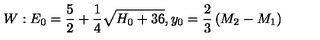
W : E _ { 0 } = { \frac { 5 } { 2 } } + { \frac { 1 } { 4 } } \sqrt { H _ { 0 } + 3 6 } , y _ { 0 } = { \frac { 2 } { 3 } } \left( M _ { 2 } - M _ { 1 } \right)